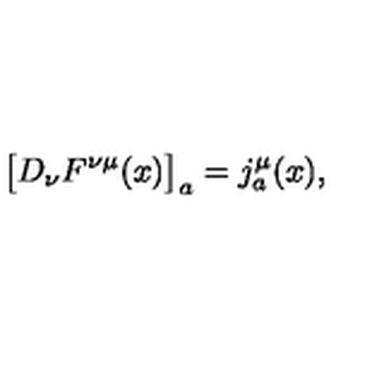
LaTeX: \bigl [ D _ { \nu } F ^ { \nu \mu } ( x ) \bigr ] _ { a } = j _ { a } ^ { \mu } ( x ) ,